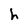
Character: h